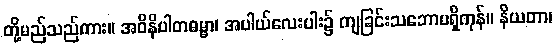
တို့မည်သည်ကား။ အဝိနိပါတဓမ္မာ၊ အပါယ်လေးပါး၌ ကျခြင်းသဘောမရှိကုန်။ နိယတာ၊